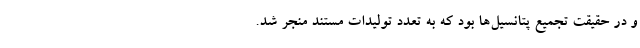
و در حقیقت تجمیع پتانسیل‌ها بود که به تعدد تولیدات مستند منجر شد.